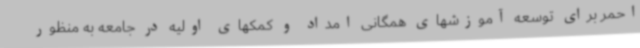
احمر برای توسعه آموزشهای همگانی امداد و کمکهای اولیه در جامعه به منظور